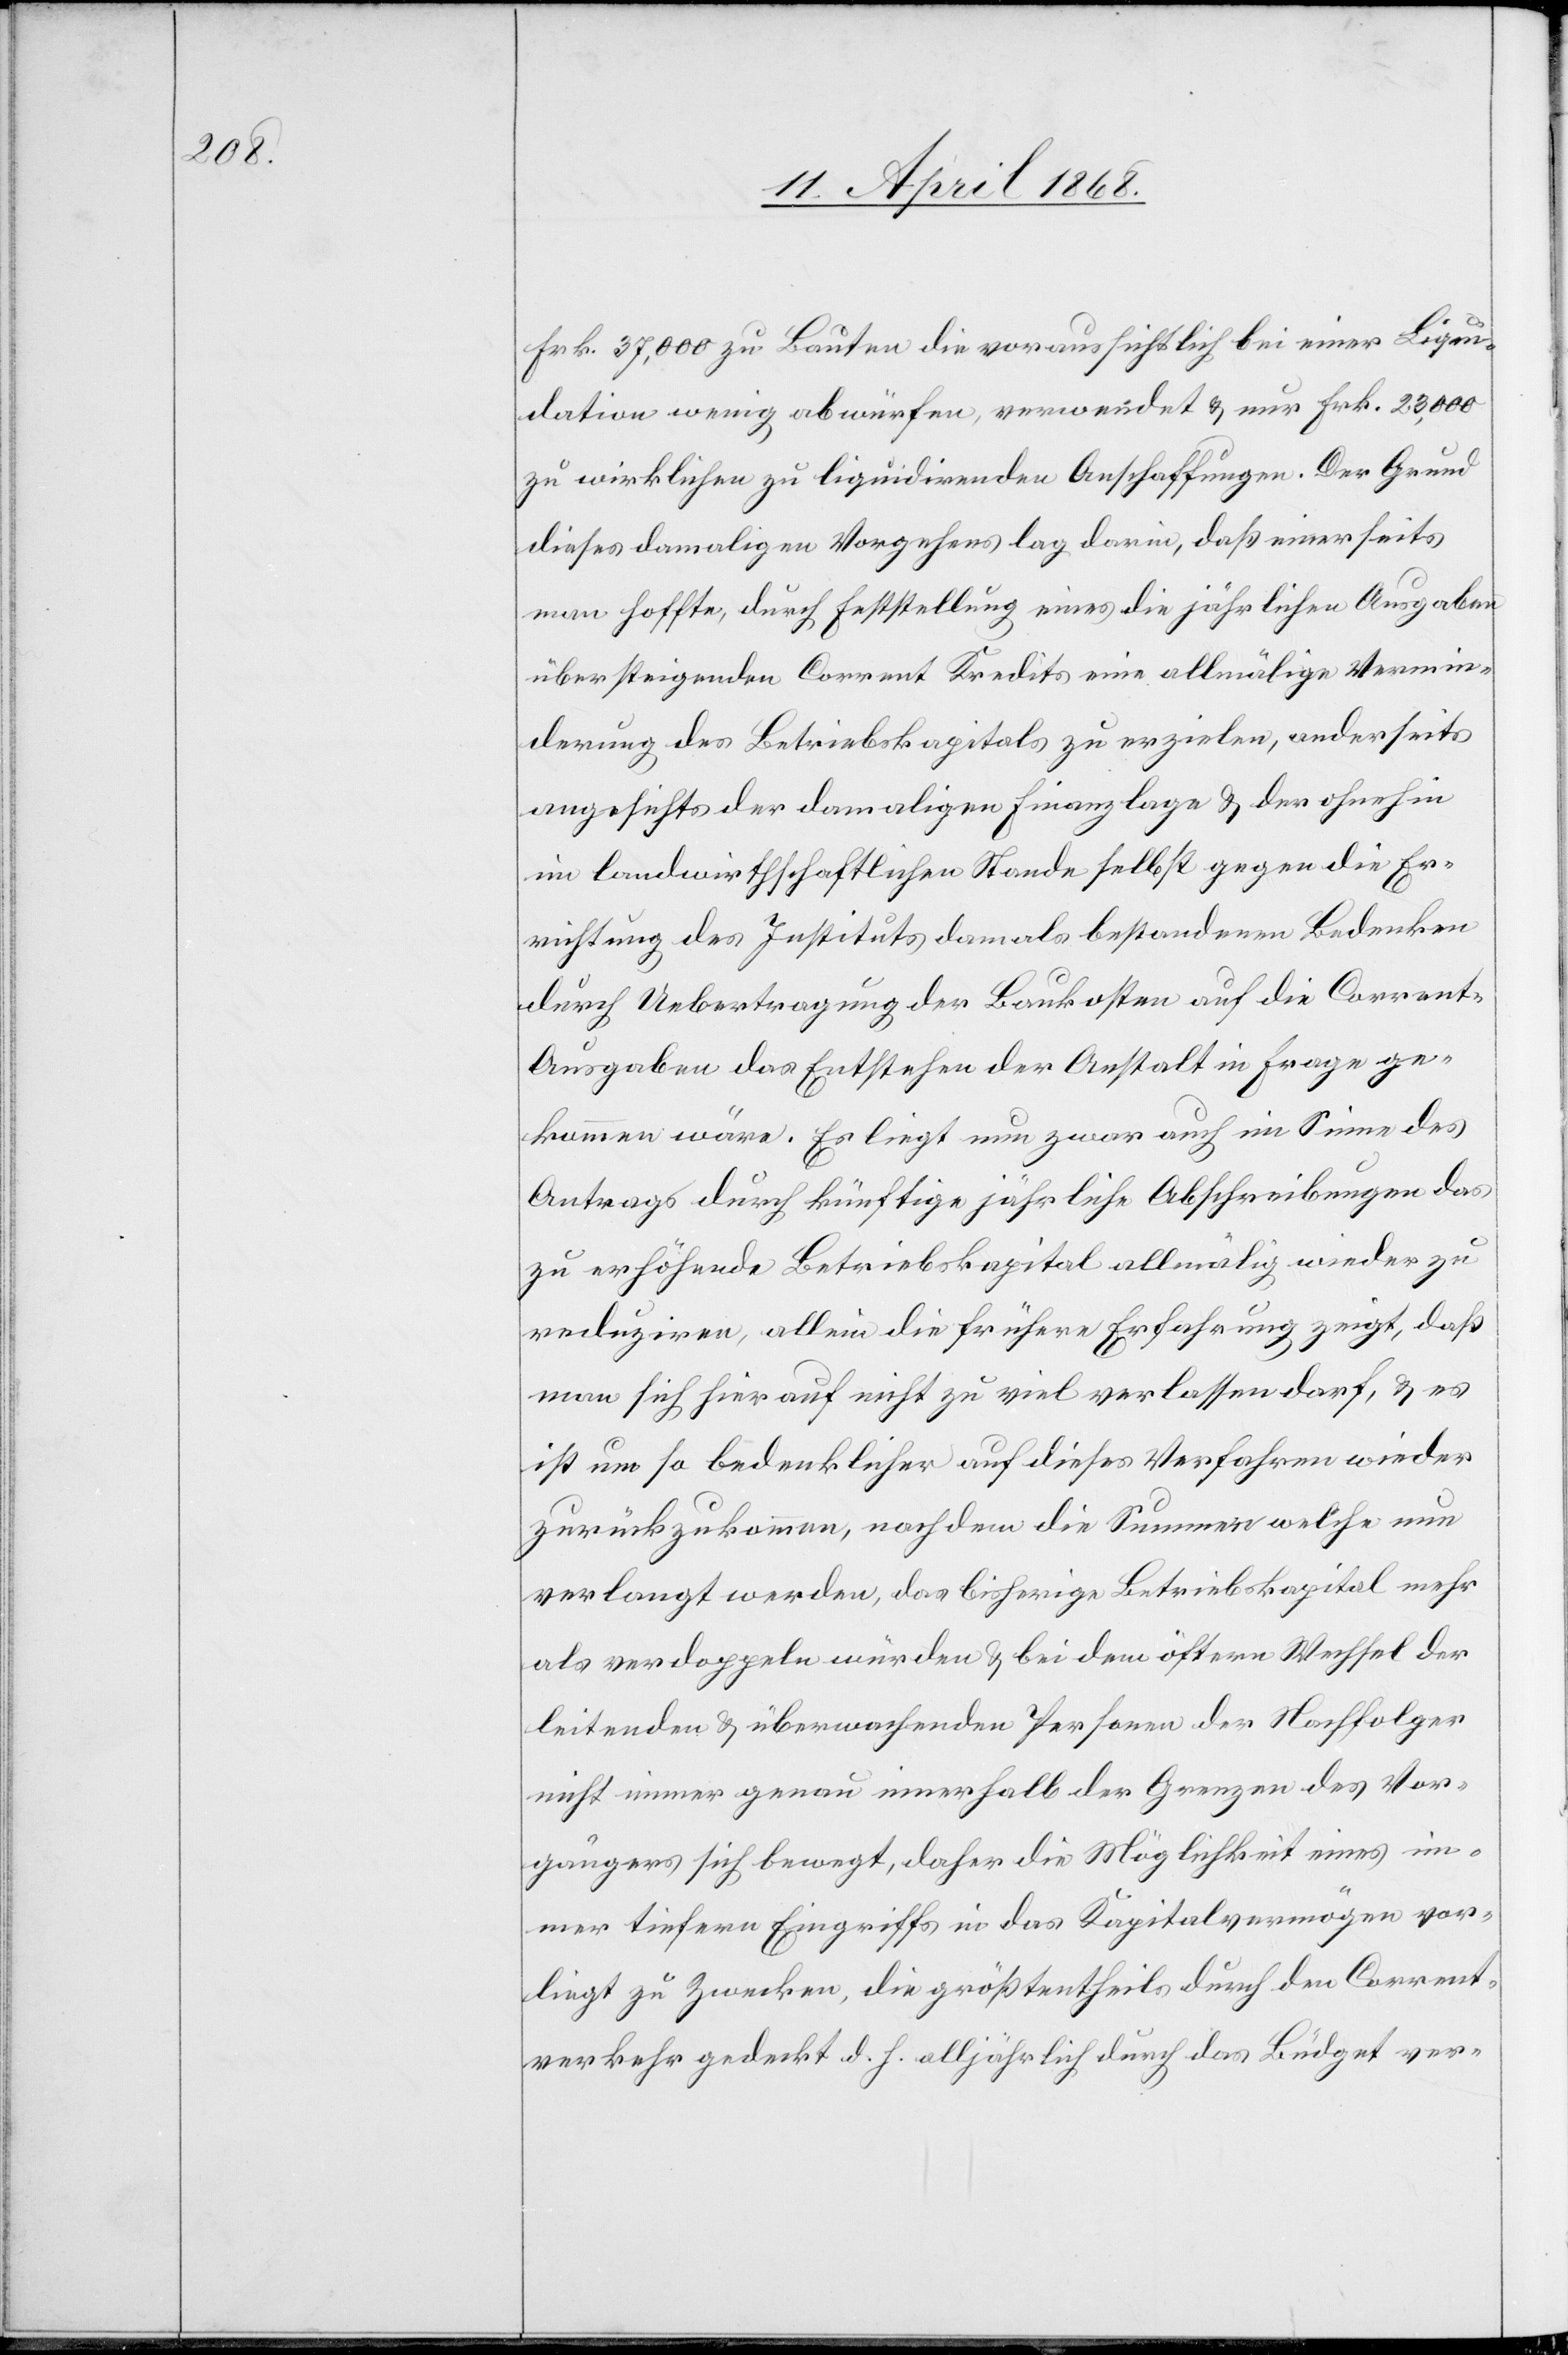
Frk. 37,000 zu Bauten die voraussichtlich bei einer Liqui¬
dation wenig abwürfen, verwendet & nur Frk. 23,000
zu wirklichen zu liquidirenden Anschaffungen. Der Grund
dieses damaligen Vorgehens lag darin, daß einerseits
man hoffte, durch Feststellung eines die jährlichen Ausgaben
übersteigenden Corrent Kredits eine allmälige Vermin¬
derung des Betriebskapitals zu erzielen, anderseits
angesichts der damaligen Finanzlage & der ohnehin
im landwirthschaftlichen Stande selbst gegen die Er¬
richtung des Instituts damals bestandenen Bedenken
durch Uebertragung der Baukosten auf die Corren¬
t-Ausgaben das Entstehen der Anstalt in Frage ge¬
kommen wäre. Es liegt nun zwar auch im Sinne des
Antrags durch künftige jährliche Abschreibungen das
zu erhöhende Betriebskapital allmälig wieder zu
reduziren, allein die frühere Erfahrung zeigt, daß
man sich hier auf nicht zu viel verlassen darf, & es
ist um so bedenklicher auf dieses Verfahren wieder
zurückzukommen, nachdem die Summen welche nun
verlangt werden, das bisherige Betriebskapital mehr
als verdoppeln würden & bei dem öftern Wechsel der
leitenden & überwachenden Personen der Nachfolger
nicht immer genau innerhalb der Grenzen des Vor¬
gängers sich bewegt, daher die Möglichkeit eines im¬
mer tiefern Eingriffs in das Kapitalvermögen vor¬
liegt zu Zwecken, die größtentheils durch den Corrent¬
verkehr gedeckt d. h. alljährlich durch das Büdget ver-